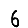
Digit: 6